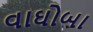
વાઘોબા